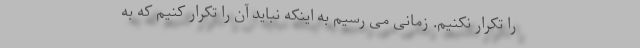
را تکرار نکنیم. زمانی می رسیم به اینکه نباید آن را تکرار کنیم که به